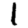
Digit: 1